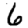
Digit: 6